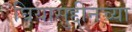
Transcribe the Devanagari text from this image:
घियासुद्दीनच्या